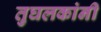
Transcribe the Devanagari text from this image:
तुघलकांनी